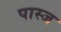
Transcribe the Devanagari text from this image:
पास्ज